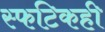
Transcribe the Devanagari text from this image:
स्फटिकही